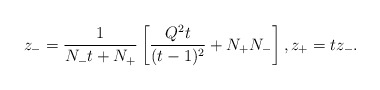
\begin{align*}z_{-}=\frac{1}{N_{-}t+N_{+}}\left[\frac{Q^2t}{(t-1)^2}+N_{+}N_{-}\right],z_{+}=tz_{-}.\end{align*}